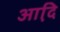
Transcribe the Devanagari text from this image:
आदि़